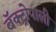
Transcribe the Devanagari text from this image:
बॅक्ट्रोपाली